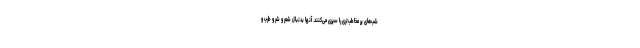
شب‌های پر مخاطب‌تری را سپری می‌کنند. آنها بدنبال شعر و شِر و طرب و